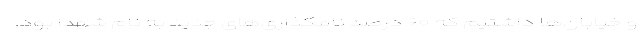
و خیابان‌ها داشتیم که ۶۰ درصد نامگذاری‌های جدید به نام شهدا بود.